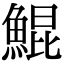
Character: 鯤